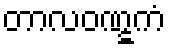
တာလဝဏ္ဋကံ